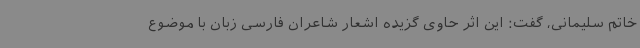
خاتم سلیمانی، گفت: این اثر حاوی گزیده اشعار شاعران فارسی زبان با موضوع